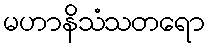
မဟာနိသံသတရော